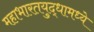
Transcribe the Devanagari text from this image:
महाभारतयुद्धामध्ये